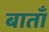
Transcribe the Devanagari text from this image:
बाताँ